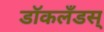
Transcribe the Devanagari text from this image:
डॉकलँडस्